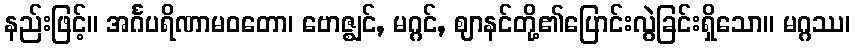
နည်းဖြင့်။ အင်္ဂပရိဏာမဝတော၊ ဗောဇ္ဈင်, မဂ္ဂင်, ဈာနင်တို့၏ပြောင်းလွဲခြင်းရှိသော။ မဂ္ဂဿ၊